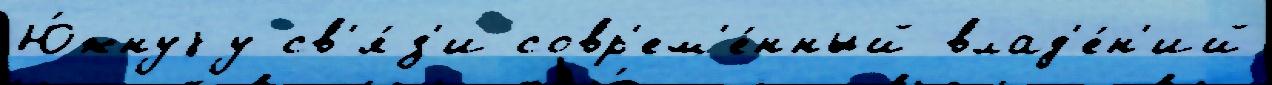
Ю́жнуjу св'я́з'и совр'ем'е́нный влад'е́н'ий